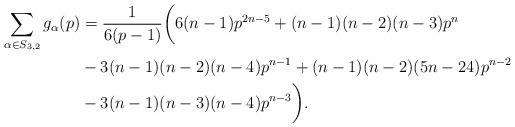
LaTeX: \begin{align*}\sum_{\alpha \in S_{3, 2}} g_\alpha(p) &= \frac{1}{6(p-1)}\bigg(6(n-1)p^{2n-5} + (n-1)(n-2)(n-3)p^{n}\\& - 3(n-1)(n-2)(n-4)p^{n-1} +(n-1)(n-2)(5n-24) p^{n-2} \\&- 3(n-1)(n-3)(n-4)p^{n-3}\bigg).\end{align*}